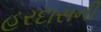
હરદાસની